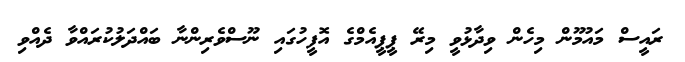
ރައީސް މައުމޫން މިހެން ވިދާޅުވީ މިރޭ ޕީޕީއެމްގެ އޮފީހުގައި ނޫސްވެރިންނާ ބައްދަލުކުރައްވާ ދެއްވި